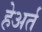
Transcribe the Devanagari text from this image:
हेअर्त